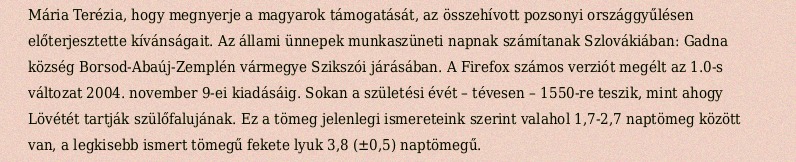
Mária Terézia, hogy megnyerje a magyarok támogatását, az összehívott pozsonyi országgyűlésen előterjesztette kívánságait. Az állami ünnepek munkaszüneti napnak számítanak Szlovákiában: Gadna község Borsod-Abaúj-Zemplén vármegye Szikszói járásában. A Firefox számos verziót megélt az 1.0-s változat 2004. november 9-ei kiadásáig. Sokan a születési évét – tévesen – 1550-re teszik, mint ahogy Lövétét tartják szülőfalujának. Ez a tömeg jelenlegi ismereteink szerint valahol 1,7-2,7 naptömeg között van, a legkisebb ismert tömegű fekete lyuk 3,8 (±0,5) naptömegű.